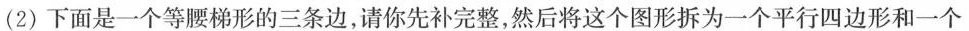
(2)下面是一个等腰梯形的三条边，请你先补完整，然后将这个图形拆为一个平行四边形和一个